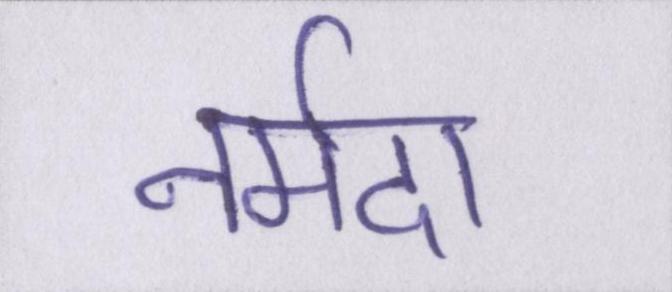
नर्मदा